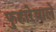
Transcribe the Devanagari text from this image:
फुहारेवाले